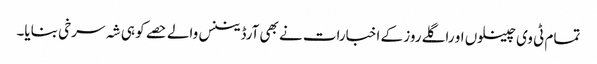
تمام ٹی وی چینلوں او راگلے روز کے اخبارات نے بھی آرڈیننس والے حصے کو ہی شہ سرخی بنایا۔